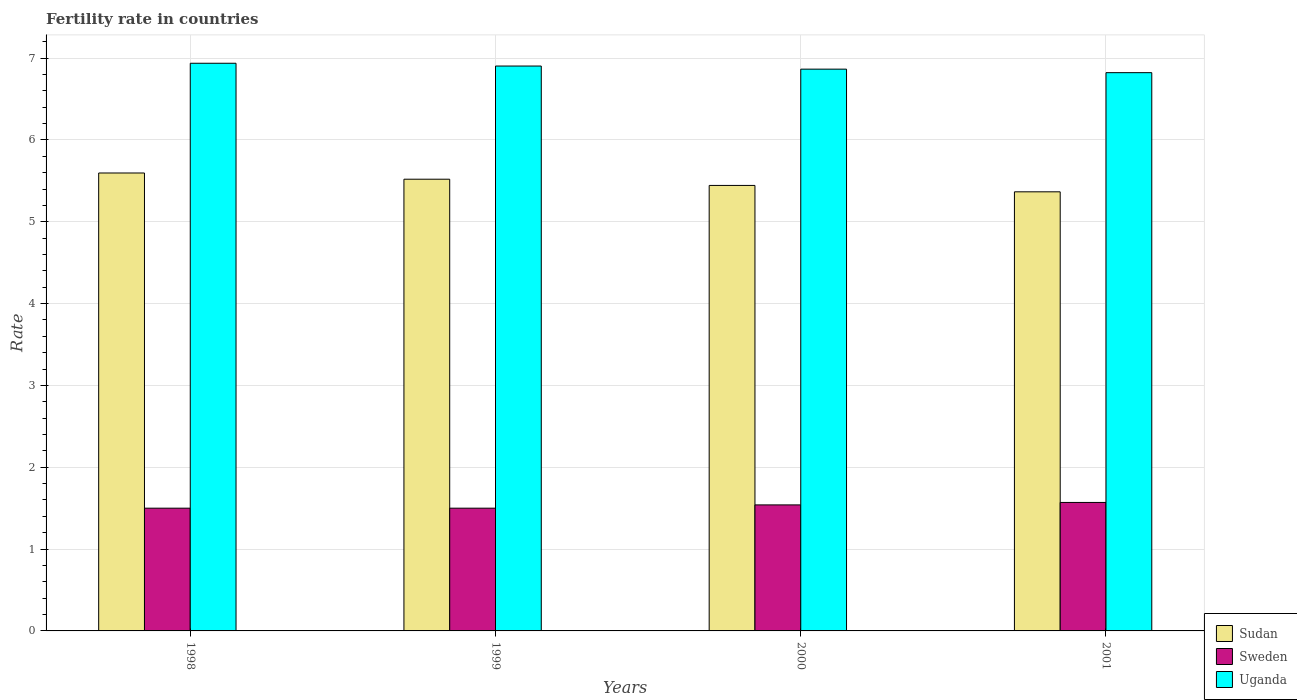
| Years | Sudan | Sweden | Uganda |
 | --- | --- | --- | --- |
 | 1998 | 5.6 | 1.5 | 6.94 |
 | 1999 | 5.52 | 1.5 | 6.9 |
 | 2000 | 5.44 | 1.54 | 6.87 |
 | 2001 | 5.37 | 1.57 | 6.82 |